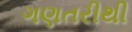
ગણતરીથી